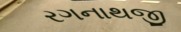
રગનાથજી